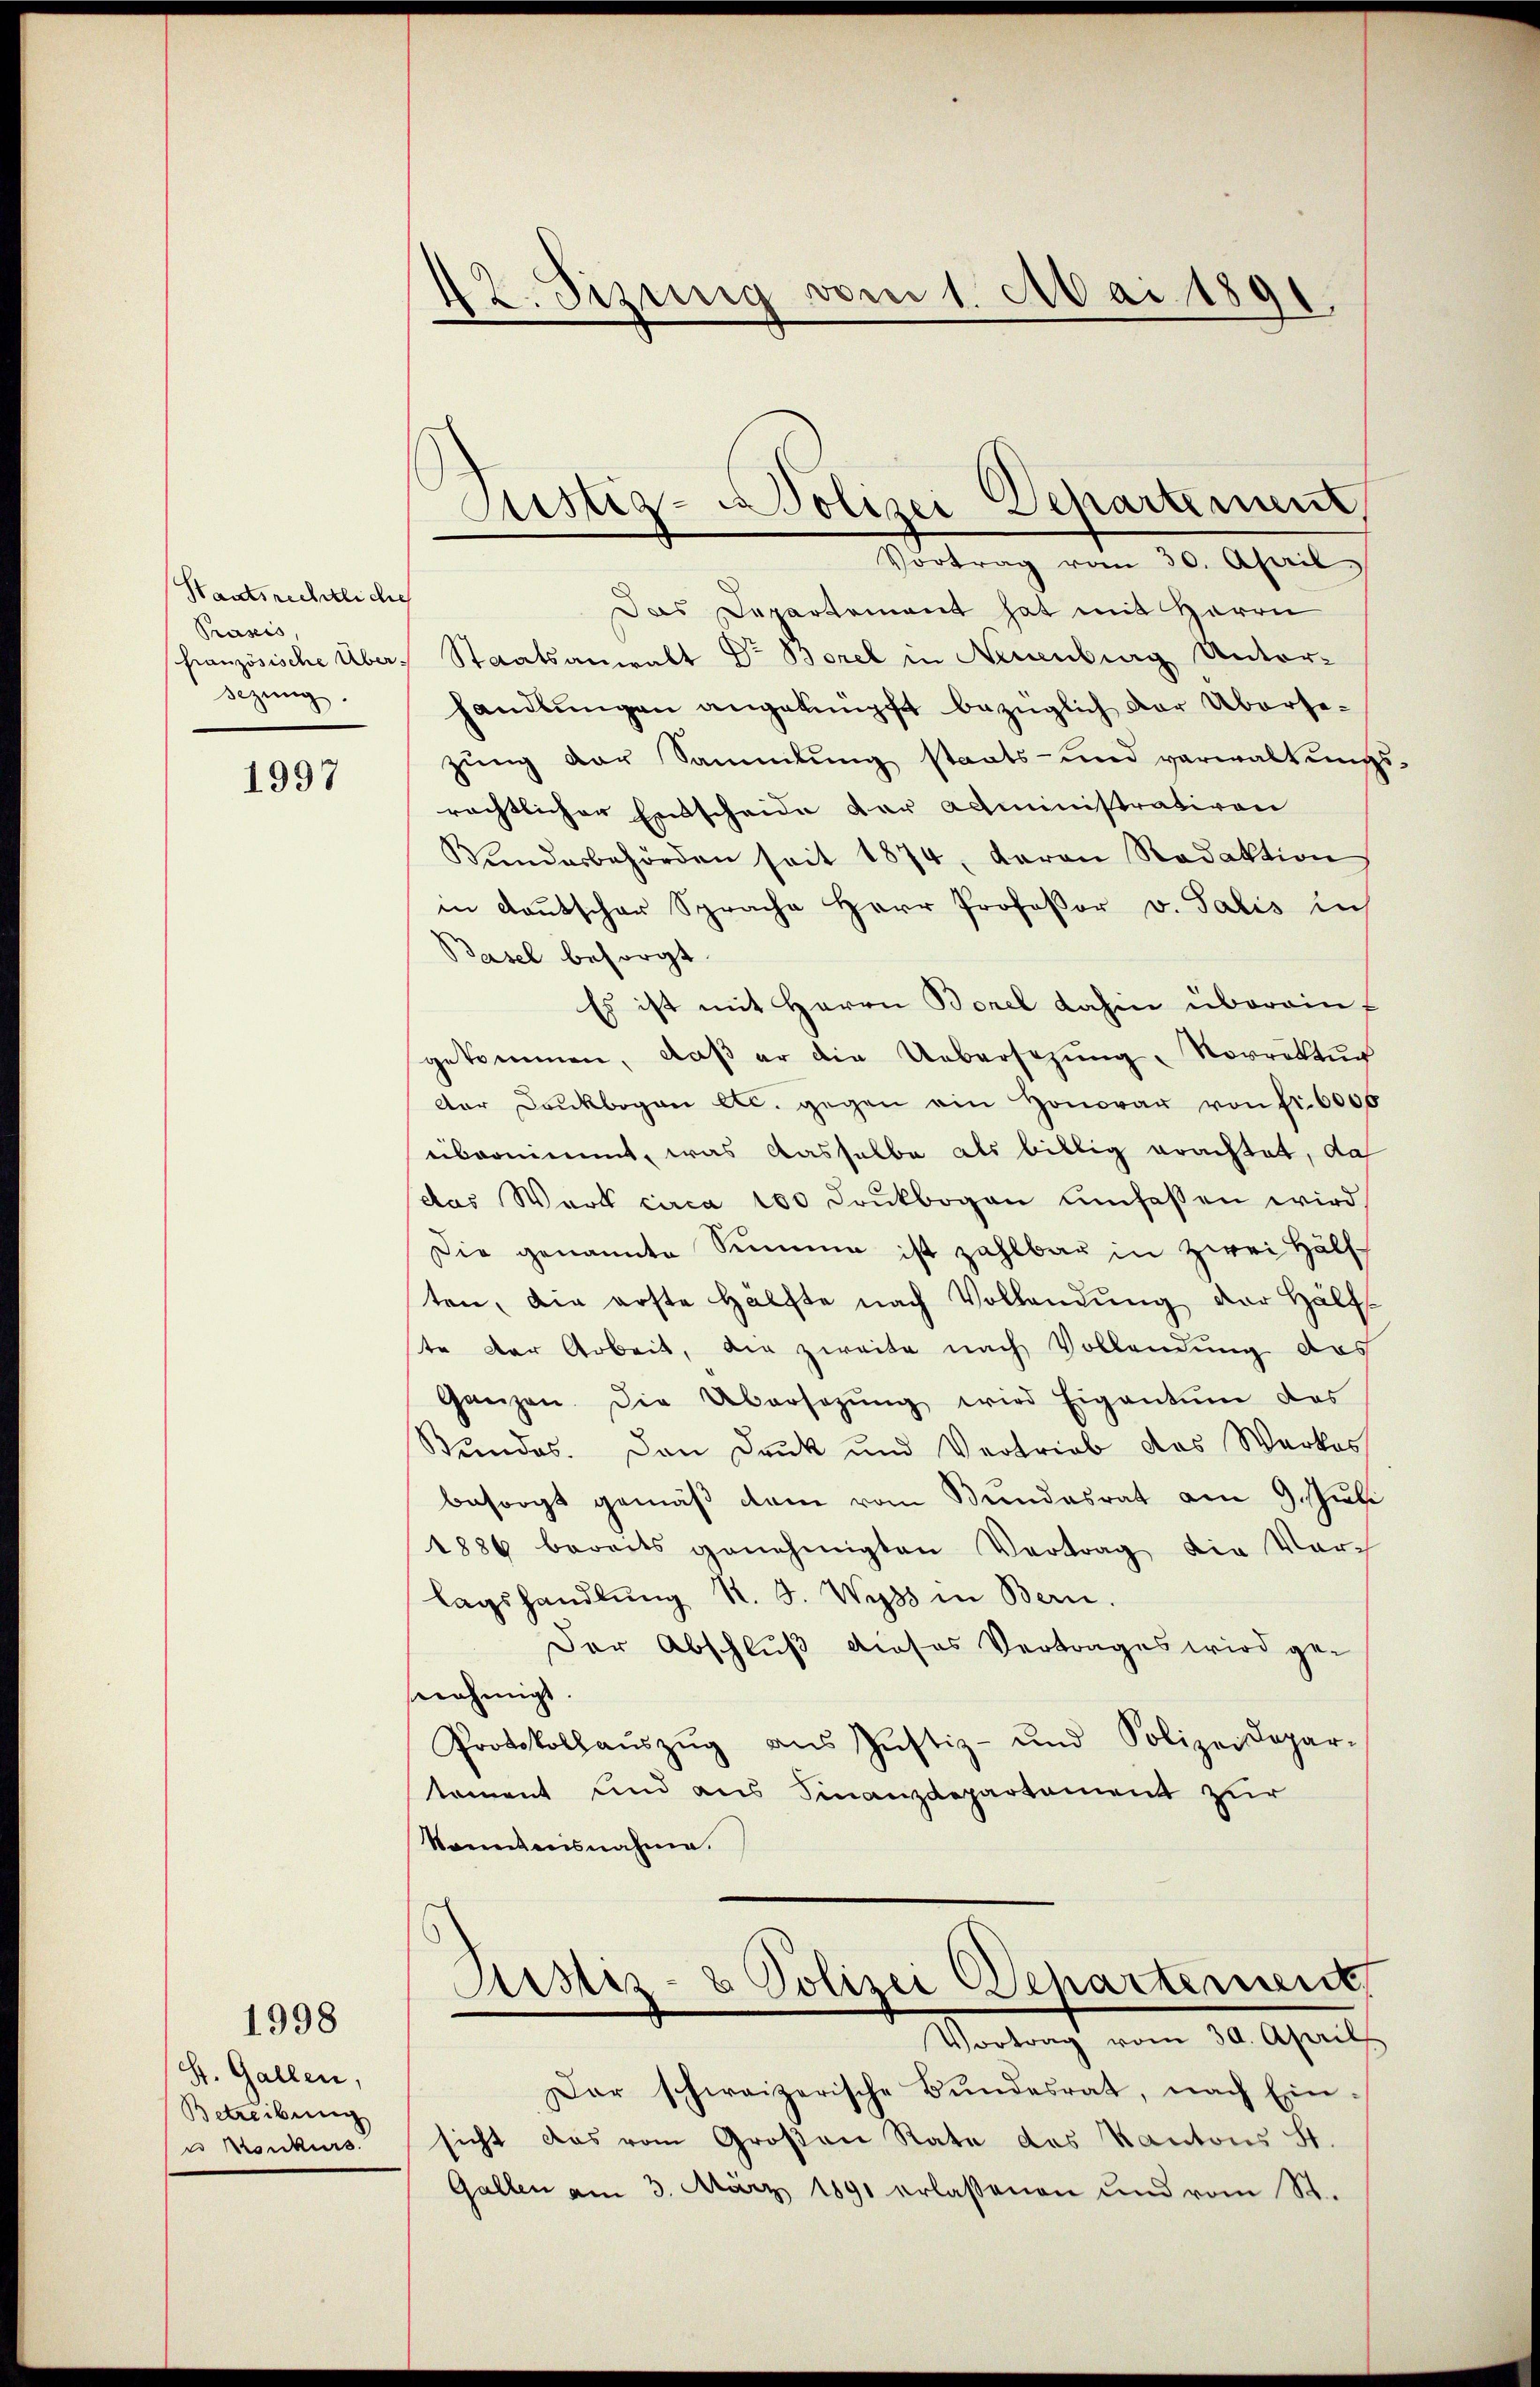
Staatsrechtliche
Praxis.
französische Über-
sezung

1997

S. Gallen,
Betreibung
u Konkurs

1998

42. Sizung vom 1. Mai 1891.

Sistig- u Polizei Separtement
d
Vortrag vom 30. April

Das Departement hat mit Herrn
Staatsanwalt Dr Borel in Neuenburg Unter-
handlungen angeknüpft bezüglich der Übersezŭng der Sammlung staats- und verwaltŭngs-
rächtlicher Entscheide der Administrativen
Bundesbehörden seit 1874, daran Redaktion
in Deutscher Sprache Herr Professor v. Salis zus
Basel besorgt.
Es ist mit Herrn Borel dahin übereinf
gekommen, daß er die Uebersezung, Vorrektur
der Druckbogen etc. gegen ein Honorar von Fr. 6000
übernimmt, was dasselbe als billig erachtet, da
das Wart circa 100 Drŭkbogen umfassen wird
Die genannte Simmen ist zahlbar in zwei Hälf
ten, die erste Hälfte nach Vollendung der Hälf
te der Arbeit, die zweite nach Vollendung das
Ganzen. Die Übersezŭng wird Eigentum des
Bundes. Den Druk und Vertrieb das Werkes
besorgt gemäβ dem vom Bundesrat am 9. Juli
1886 bereits genehmigten Vertrag die Vor-
lagshandlŭng R. F. Wyss in Bern.
Der Abschluß dieses Vertrages wird ge-
snehmigt.
Protokollaŭszŭg ans Justiz- und Polizeidepar-
tement und aus Finanzdepartement zur
konntensnahme.
Astiz- & Polizei Departement,
Vortrag vom 30. April
Dar schweizerische Bŭndesrat, nach Ein-
sicht das vom Großen Rate des Kantons St.
Gallen am 3. März 1891 erlassenen und vom St.